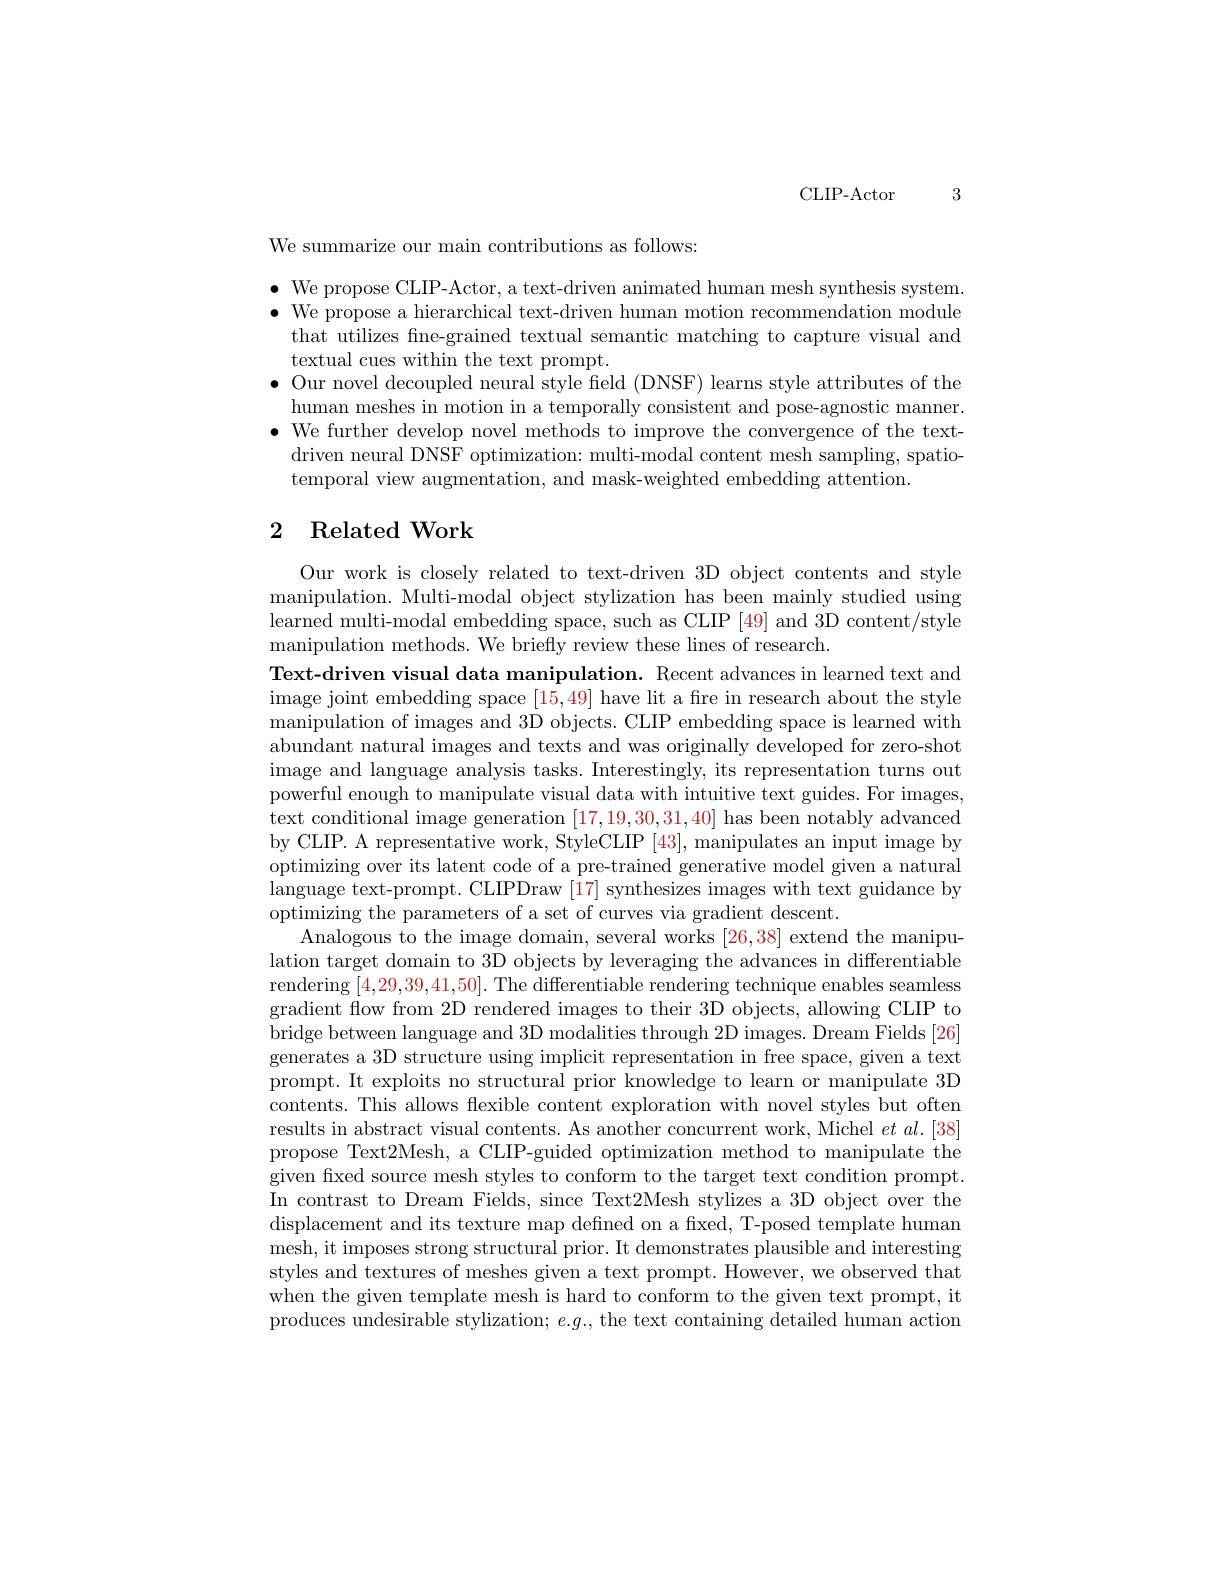
CLIP-Actor 3

We summarize our main contributions as follows:

$\begin{array}{ll}\bullet&\mathrm{We~propose~CLIP-Actor,~a~text-driven~animated~human~mesh~synthesis~system.}\\\bullet&\mathrm{We~propose~a~hierarchical~text-driven~human~motion~recommendation~module}\end{array}$
that utilizes fine-grained textual semantic matching to capture visual and
textual cues within the text prompt.
$\bullet$ Our novel decoupled neural style field (DNSF) learns style attributes of the
human meshes in motion in a temporally consistent and pose-agnostic manner. $\bullet$ We further develop novel methods to improve the convergence of the text-
driven neural DNSF optimization: multi-modal content mesh sampling, spatio-
temporal view augmentation, and mask-weighted embedding attention.

# 2 Related Work

Our work is closely related to text-driven 3D object contents and style manipulation. Multi-modal object stylization has been mainly studied using learned multi-modal embedding space, such as CLIP [49] and 3D content/style manipulation methods. We briefly review these lines of research.
Text-driven visual data manipulation. Recent advances in learned text and image joint embedding space [15,49] have lit a fire in research about the style manipulation of images and 3D objects. CLIP embedding space is learned with abundant natural images and texts and was originally developed for zero-shot image and language analysis tasks. Interestingly, its representation turns out powerful enough to manipulate visual data with intuitive text guides. For images, text conditional image generation [17,19,30,31,40] has been notably advanced by CLIP. A representative work, StyleCLIP [43], manipulates an input image by optimizing over its latent code of a pre-trained generative model given a natural language text-prompt. CLIPDraw [17] synthesizes images with text guidance by optimizing the parameters of a set of curves via gradient descent.
Analogous to the image domain, several works [26,38] extend the manipulation target domain to 3D objects by leveraging the advances in differentiable rendering [4,29,39,41,50]. The differentiable rendering technique enables seamless gradient flow from 2D rendered images to their 3D objects, allowing CLIP to bridge between language and 3D modalities through 2D images. Dream Fields [26] generates a 3D structure using implicit representation in free space, given a text prompt. It exploits no structural prior knowledge to learn or manipulate 3D contents. This allows flexible content exploration with novel styles but often results in abstract visual contents. As another concurrent work, Michel $et\textit{al. [ 38] }$ propose Text2Mesh, a CLIP-guided optimization method to manipulate the given fixed source mesh styles to conform to the target text condition prompt. In contrast to Dream Fields, since Text2Mesh stylizes a 3D object over the displacement and its texture map defined on a fixed, T-posed template human mesh, it imposes strong structural prior. It demonstrates plausible and interesting styles and textures of meshes given a text prompt. However, we observed that when the given template mesh is hard to conform to the given text prompt, it produces undesirable stylization; $e.g.$, the text containing detailed human action